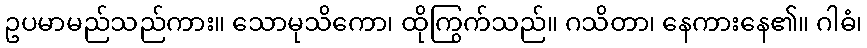
ဥပမာမည်သည်ကား။ သောမုသိကော၊ ထိုကြွက်သည်။ ဂသိတာ၊ နေကားနေ၏။ ဂါဓံ၊